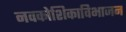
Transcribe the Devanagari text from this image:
नवकोशिकाविभाजन